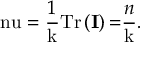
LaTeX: \mathrm { \ n u } = \frac { 1 } { \mathrm { k } } \mathrm { T r } \left( \mathbf { I } \right) \mathrm { = } \frac { n } { \mathrm { k } } .